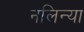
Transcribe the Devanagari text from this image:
नलिन्या